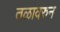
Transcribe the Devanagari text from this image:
तळावरुन